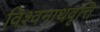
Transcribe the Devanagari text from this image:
विश्वनाथवृत्ति